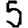
Digit: 5